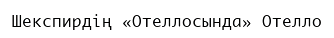
Шекспирдің «Отеллосында» Отелло